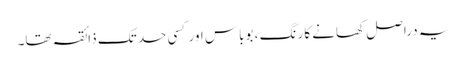
یہ دراصل کھانے کا رنگ ، بوباس اور کسی حد تک ذائقہ تھا۔